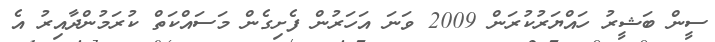
ސީން ބަޝީރު ހައްޔަރުކުރަން 2009 ވަނަ އަހަރުން ފެށިގެން މަސައްކަތް ކުރަމުންދާއިރު އެ